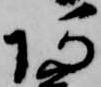
阿